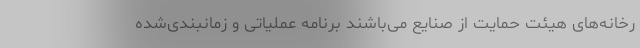
رخانه‌های هیئت حمایت از صنایع می‌باشند برنامه عملیاتی و زمانبندی‌شده